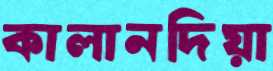
কালানদিয়া